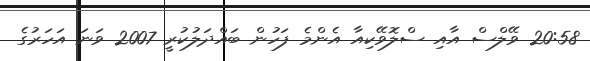
20:58 ވޭލްސް އާއި ސްލޮވޭކިއާ އެންމެ ފަހުން ބައްދަލުކުރީ 2007 ވަނަ އަހަރުގެ